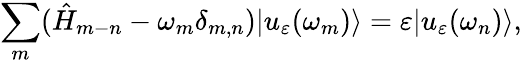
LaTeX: \sum_{m}(\hat{H}_{m-n}-\omega_{m}\delta_{m,n})|u_{\varepsilon}(\omega_{m})\rangle=\varepsilon|u_{\varepsilon}(\omega_{n})\rangle,